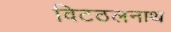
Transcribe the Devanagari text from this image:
विटठलनाथ